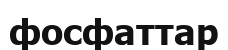
фосфаттар